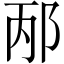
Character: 邴